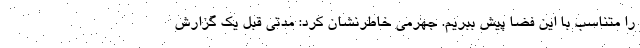
را متناسب با این فضا پیش ببریم. جهرمی خاطرنشان کرد: مدتی قبل یک گزارش